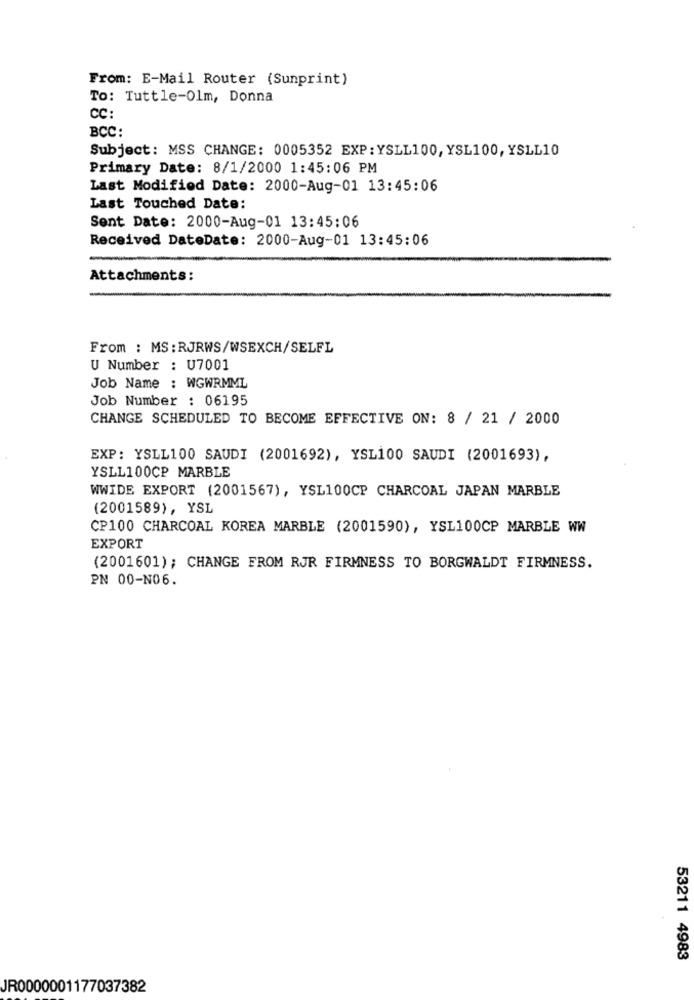
From: E-Mail Router (Sunprint)
To: Tuttle-Olm, Donna
CC:
BCC:
Subject: MSS CHANGE: 0005352 EXP:YSLL100, YSL100, YSLL10
Primary Date: 8/1/2000 1:45:06 PM
Last Modified Date: 2000-Aug-01 13:45:06
Last Touched Date:
Sent Date: 2000-Aug-01 13:45:06
Received DateDate: 2000-Aug-01 13:45:06
Attachments:
From : MS: RJRWS/WSEXCH/SELFL
U Number : U7001
Job Name : WGWRMML
Job Number : 06195
CHANGE SCHEDULED TO BECOME EFFECTIVE ON: 8 / 21 / 2000
EXP: YSLL100 SAUDI (2001692), YSL100 SAUDI (2001693),
YSLL100CP MARBLE
WWIDE EXPORT (2001567), YSL100CP CHARCOAL JAPAN MARBLE
(2001589), YSL
CP100 CHARCOAL KOREA MARBLE (2001590), YSL100CP MARBLE WW
EXPORT
(2001601); CHANGE FROM RJR FIRMNESS TO BORGWALDT FIRMNESS.
PN 00-N06.
53211 4983
JR0000001177037382